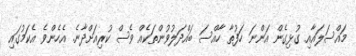
މައްސަލައާއި ގުޅިގެން އަންނަ ހަފުތާ ހާއްސަ ބައްދަލުވުންތަކެއް ވެސް ކުރިއަށްދާނެ. އެހެންވެ އެކަމުގައި